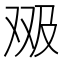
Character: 𱑶